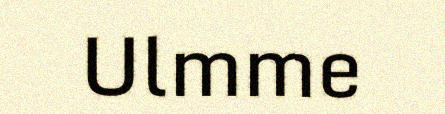
Ulmme